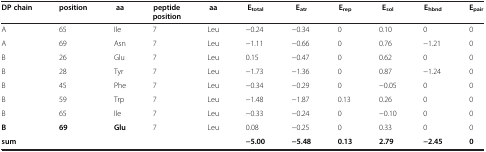
| DP chain | position | aa | peptide position | aa | Etotal | Eatr | Erep | Esol | Ehbnd | Epair |
 | --- | --- | --- | --- | --- | --- | --- | --- | --- | --- | --- |
 | A | 65 | Ile | 7 | Leu | −0.24 | −0.34 | 0 | 0.10 | 0 | 0 |
 | A | 69 | Asn | 7 | Leu | −1.11 | −0.66 | 0 | 0.76 | −1.21 | 0 |
 | B | 26 | Glu | 7 | Leu | 0.15 | −0.47 | 0 | 0.62 | 0 | 0 |
 | B | 28 | Tyr | 7 | Leu | −1.73 | −1.36 | 0 | 0.87 | −1.24 | 0 |
 | B | 45 | Phe | 7 | Leu | −0.34 | −0.29 | 0 | −0.05 | 0 | 0 |
 | B | 59 | Trp | 7 | Leu | −1.48 | −1.87 | 0.13 | 0.26 | 0 | 0 |
 | B | 65 | Ile | 7 | Leu | −0.33 | −0.24 | 0 | −0.10 | 0 | 0 |
 | B | 69 | Glu | 7 | Leu | 0.08 | −0.25 | 0 | 0.33 | 0 | 0 |
 | sum |  |  |  |  | −5.00 | −5.48 | 0.13 | 2.79 | −2.45 | 0 |